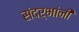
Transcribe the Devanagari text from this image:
संदर्भांनी